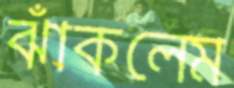
ঝাঁকলেম